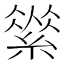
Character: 𦃚